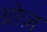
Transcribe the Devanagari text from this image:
ग्रोज़